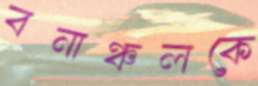
বনাঞ্চলকে